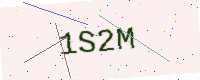
Text: 1S2M